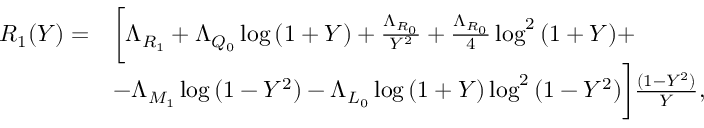
\begin{array} { r l } { R _ { 1 } ( Y ) = } & { \bigg [ \Lambda _ { R _ { 1 } } + \Lambda _ { Q _ { 0 } } \log { ( 1 + Y ) } + \frac { \Lambda _ { R _ { 0 } } } { Y ^ { 2 } } + \frac { \Lambda _ { R _ { 0 } } } { 4 } \log ^ { 2 } { ( 1 + Y ) } + } \\ & { - \Lambda _ { M _ { 1 } } \log { ( 1 - Y ^ { 2 } ) } - \Lambda _ { L _ { 0 } } \log { ( 1 + Y ) } \log ^ { 2 } { ( 1 - Y ^ { 2 } ) } \bigg ] \frac { ( 1 - Y ^ { 2 } ) } { Y } , } \end{array}